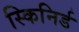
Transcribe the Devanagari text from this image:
स्किनिर्ड